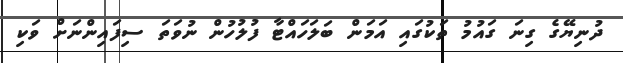
ދުނިޔޭގެ ގިނަ ގައުމު ތަކުގައި އަމަން ބަލަހައްޓާ ފުލުހުން ނުވަތަ ސިފައިންނަށް ވަކި